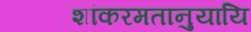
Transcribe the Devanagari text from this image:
शांकरमतानुयायि